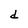
Character: d